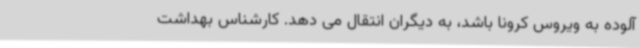
آلوده به ویروس کرونا باشد، به دیگران انتقال می دهد. کارشناس بهداشت